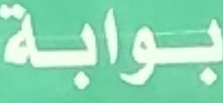
بوابة